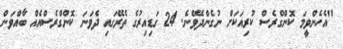
"އެހެންވީމަ ކޮންގްރެސް ކުރިއަކަށް ނުގެންދެވޭނެ. 24 ގަޑިއިރުގެ ތެރޭގައި ދެވަނަ ކޮންގްރެސްއެއް ބާއްވަން